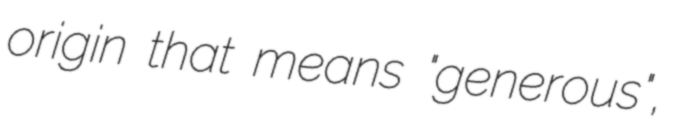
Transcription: origin that means "generous",